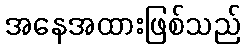
အနေအထားဖြစ်သည်